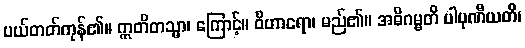
ပယ်တတ်ကုန်၏။ ဣတိတသ္မာ၊ ကြောင့်။ ဝိဟာရော၊ မည်၏။ အဓိဂမ္မတိ ပါပုဏီယတိ၊